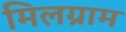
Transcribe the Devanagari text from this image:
मिलग्राम